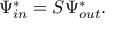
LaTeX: \Psi _ { i n } ^ { * } = S \Psi _ { o u t } ^ { * } .